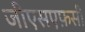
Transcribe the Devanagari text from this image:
जीएसएफ़सी